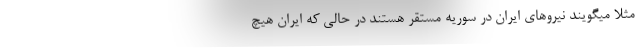
مثلا میگویند نیروهای ایران در سوریه مستقر هستند در حالی که ایران هیچ